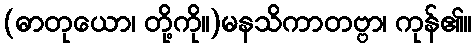
(ဓာတုယော၊ တို့ကို။)မနသိကာတဗ္ဗာ၊ ကုန်၏။